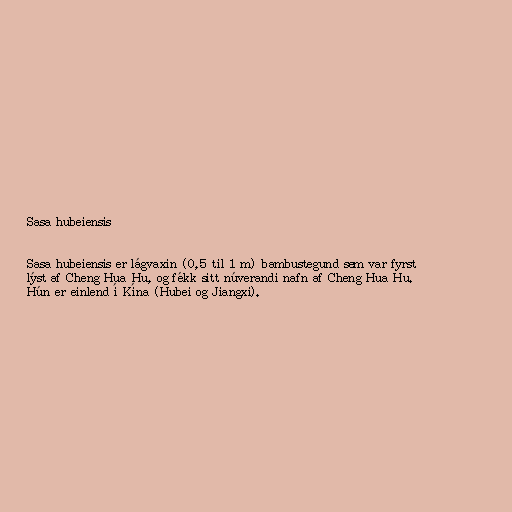
Sasa hubeiensis

Sasa hubeiensis er lágvaxin (0,5 til 1 m) bambustegund sem var fyrst
lýst af Cheng Hua Hu, og fékk sitt núverandi nafn af Cheng Hua Hu.
Hún er einlend í Kína (Hubei og Jiangxi).